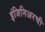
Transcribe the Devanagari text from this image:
इंजिनिअरची